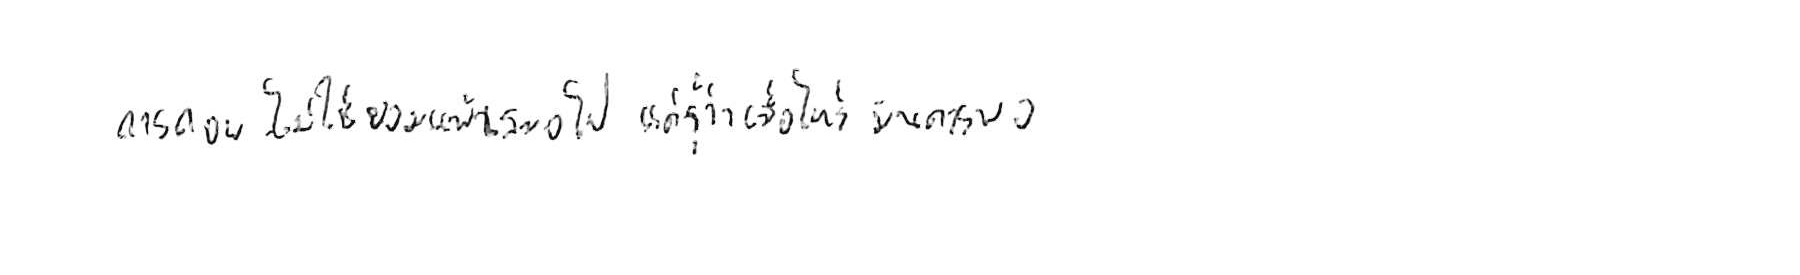
การถอย ไม่ใช่ยอมแพ้ เสมอไป แค่รู้ว่าเมื่อไหร่ มันควรพอ